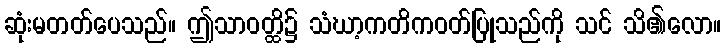
ဆုံးမတတ်ပေသည်။ ဤသာဝတ္ထိ၌ သံဃာ့ကတိကဝတ်ပြုသည်ကို သင် သိ၏လော။